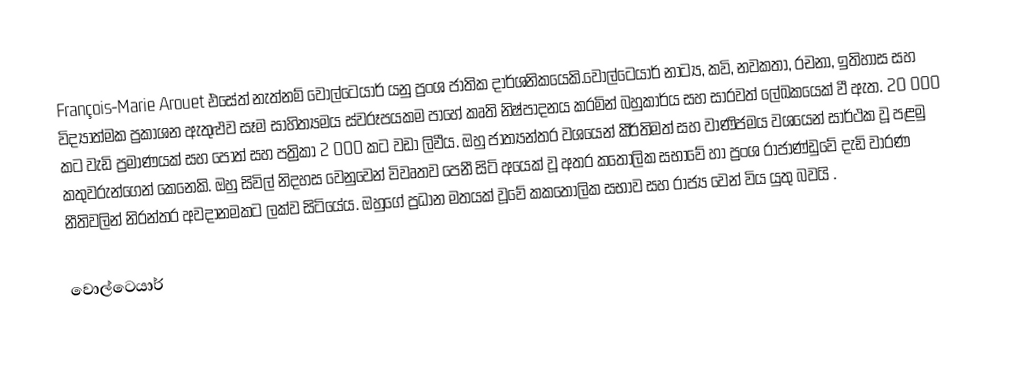
François-Marie Arouet එසේත් නැත්නම් වොල්ටෙයාර් යනු ප්‍රංශ ජාතික දාර්ශනිකයෙකි.වෝල්ටෙයාර් නාට්‍ය, කවි, නවකතා, රචනා, ඉතිහාස සහ විද්‍යාත්මක ප්‍රකාශන ඇතුළුව සෑම සාහිත්‍යමය ස්වරූපයකම පාහේ කෘති නිෂ්පාදනය කරමින් බහුකාර්ය සහ සාරවත් ලේඛකයෙක්  වී   ඇත. 20 000 කට වැඩි ප්‍රමාණයක් සහ පොත් සහ පත්‍රිකා 2 000 කට වඩා ලිවීය.  ඔහු ජාත්‍යන්තර වශයෙන් කීර්තිමත් සහ වාණිජමය වශයෙන් සාර්ථක වූ පළමු කතුවරුන්ගෙන් කෙනෙකි.  ඔහු සිවිල් නිදහස වෙනුවෙන් විවෘතව පෙනී සිටි අයෙක් වූ අතර කතෝලික   සභාවේ හා  ප්‍රංශ රාජාණ්ඩුවේ දැඩි වාරණ නීතිවලින් නිරන්තර අවදානමකට ලක්ව සිටියේය.  ඔහුගේ ප්‍රධාන මතයක් වූවේ කකතෝලික සභාව සහ රාජ්‍ය වෙන් විය  යුතු බවයි .

වොල්ටෙයාර්